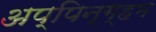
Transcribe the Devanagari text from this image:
अप्पिन्ग्हम